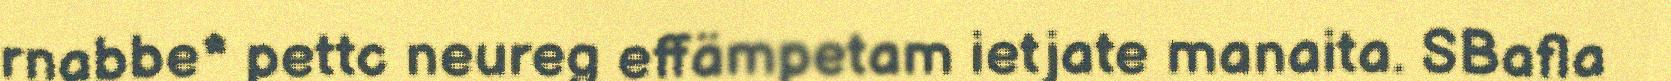
rnabbe* pettc neureg effämpetam ietjate manaita. SBafla